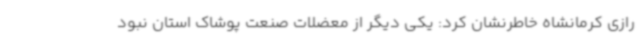
رازی کرمانشاه خاطرنشان کرد: یکی دیگر از معضلات صنعت پوشاک استان نبود